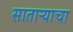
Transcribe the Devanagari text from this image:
साताऱ्याचा